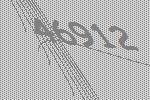
46912